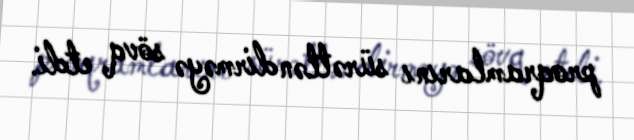
proqramlarını sürətləndirməyə sövq etdi.